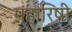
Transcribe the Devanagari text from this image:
महारिषी